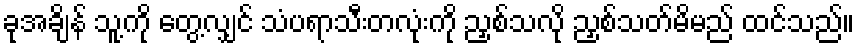
ခုအချိန် သူ့ကို တွေ့လျှင် သံပရာသီးတလုံးကို ညှစ်သလို ညှစ်သတ်မိမည် ထင်သည်။